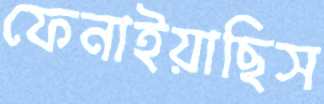
ফেনাইয়াছিস